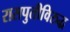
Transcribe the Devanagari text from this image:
रासपुतीविरुद्ध